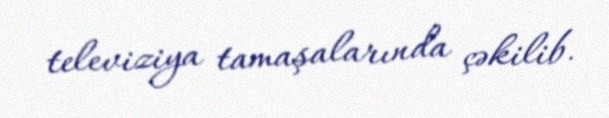
televiziya tamaşalarında çəkilib.